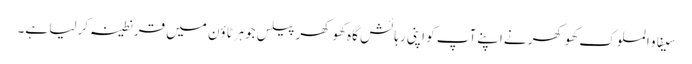
سیفاو الملوک کھوکھر نےاپنےآپ کو اپنی رہائش گاہ کھوکھر پیلس جوہرٹاؤن میں قرنطینہ کرلیا ہے۔